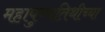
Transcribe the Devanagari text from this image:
महापुण्यतिथीच्या